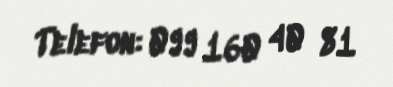
Telefon: 099 160 40 81